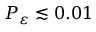
P _ { \varepsilon } \lesssim 0 . 0 1